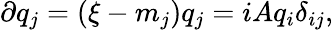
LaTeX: \partial q_{j}=(\xi-m_{j})q_{j}=iAq_{i}\delta_{ij},